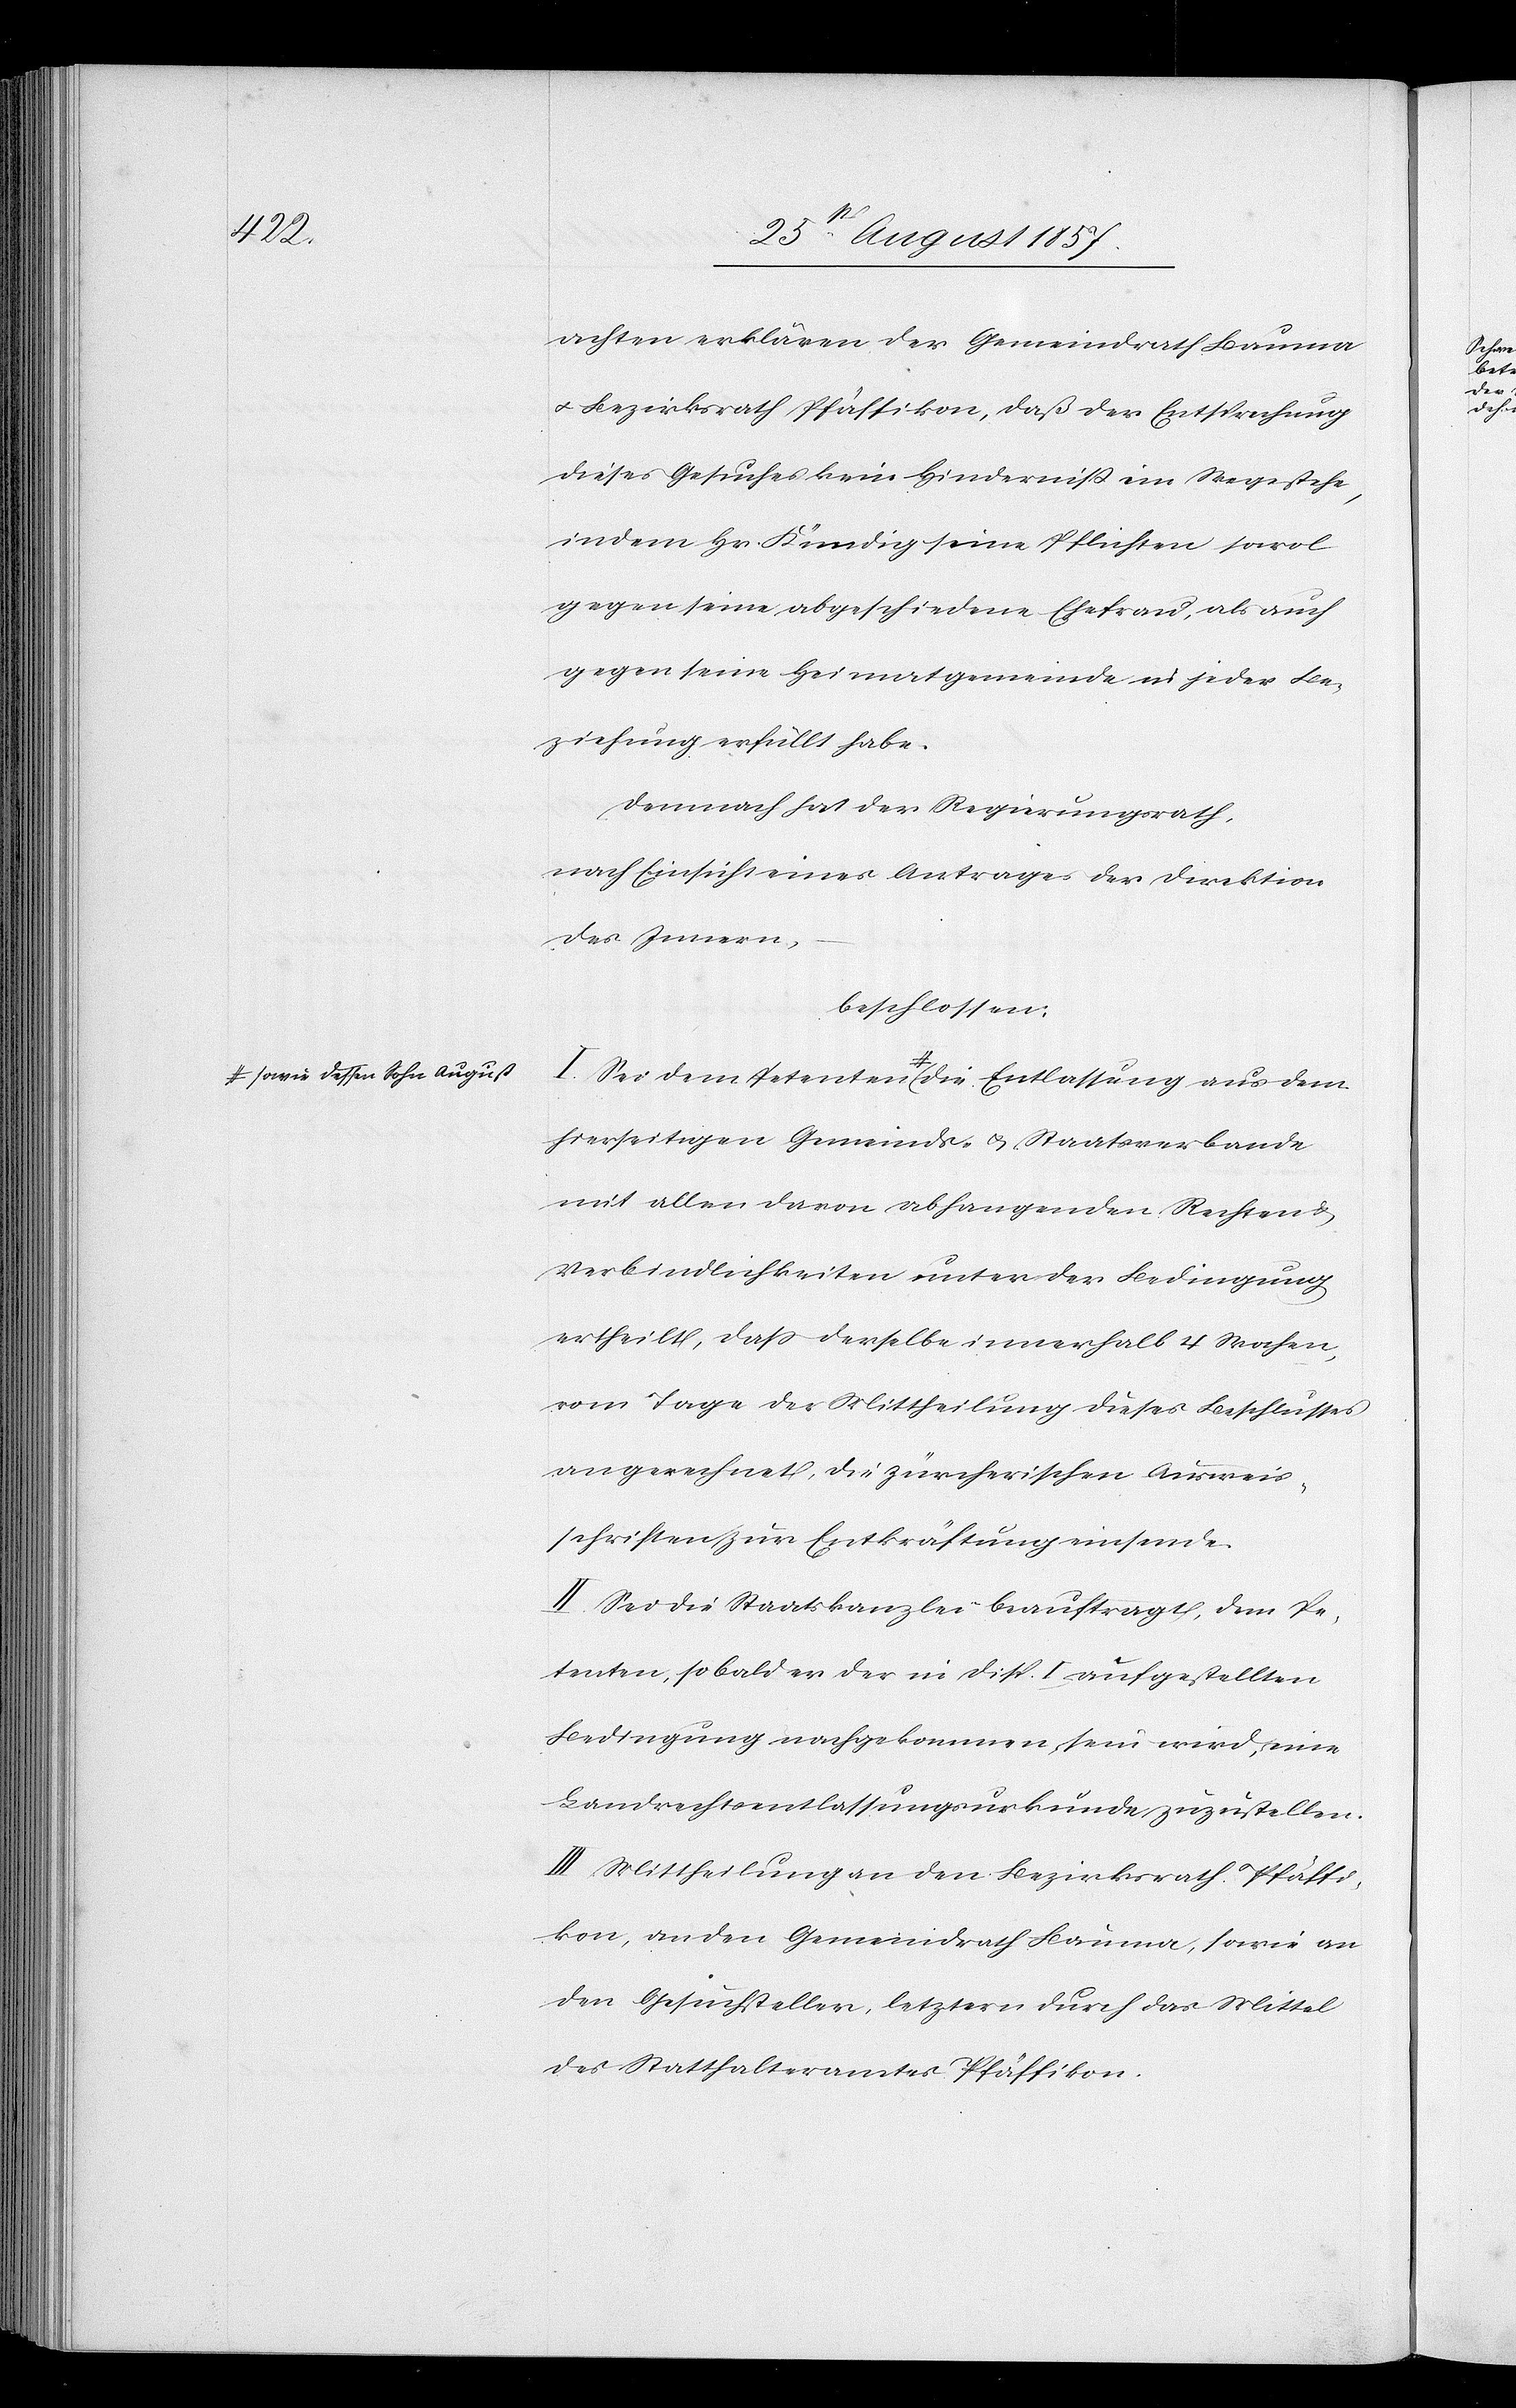
t-a
a-sowie dessen Sohn Augus¬

achten erklären der Gemeindrath Bauma
& Bezirksrath Pfäffikon, daß der Entsprechung
dieses Gesuches ein Hinderniß im Wege stehe,
indem Hr. Kündig seine Pflichten sowol
gegen seine abgeschiedene Ehefrau, als auch
gegen seine Heimatgemeinde in jeder Be¬
ziehung erfüllt habe.
Demnach hat der Regierungsrath,
nach Einsicht eines Antrages der Direktion
des Innern,
beschlossen:
hierseitigen Gemeinds- & Staatsverbande
mit allen davon abhangenden Rechten &
Verbindlichkeiten unter der Bedingung
ertheilt, daß derselbe innerhalb 4 Wochen,
vom Tage der Mittheilung dieses Beschlusses
angerechnet, die zürcherischen Ausweis¬
schriften zur Entkräftung einsende.
II. Sei die Staatskanzlei beauftragt, dem Pe¬
tenten, sobald er der in Disp. I aufgestellten
Bedingung nachgekommen sein wird, eine
Landrechtsentlassungsurkunde zuzustellen.
III. Mittheilung an den Bezirksrath Pfäffi¬
kon, an den Gemeindrath Bauma, sowie an
den Gesuchsteller, letztern durch das Mittel
des Statthalteramtes Pfäffikon.